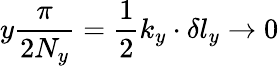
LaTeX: y\frac{\pi}{2N_{y}}=\frac{1}{2}k_{y}\cdot\delta l_{y}\rightarrow 0